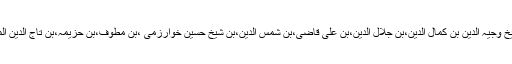
سلسلہ نسب اسطرح ہے:حضرت شیخ الاسلام بہاؤالدین زکریا ملتانی بن شیخ وجیہ الدین بن کمال الدین،بن جلال الدین،بن علی قاضی،بن شمس الدین،بن شیخ حسین خوارزمی ،بن مطوف،بن حزیمہ،بن تاج الدین المطوف،بن عبدالرحیم،بن عبدالرحمن،بن ھباء ،بن اسد،بن ہاشم،بن عبدِ مناف۔